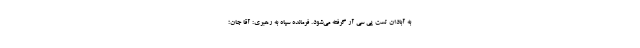
به آبادان تست پی سی آر گرفته می‌شود. فرمانده سپاه به رهبری: آقا جان؛